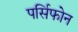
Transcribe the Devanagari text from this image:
पर्सिफोन